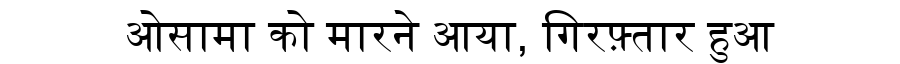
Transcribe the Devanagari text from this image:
ओसामा को मारने आया, गिरफ़्तार हुआ